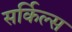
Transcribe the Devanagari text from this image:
सर्किल्स